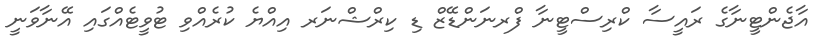
އާޖެންޓީނާގެ ރައީސާ ކްރިސްޓީނާ ފްރނަންޑޭޒް ޑި ކިރްޝްނަރ އިއްޔެ ކުރެއްވި ޓުވީޓެއްގައި އޭނާވަނީ